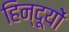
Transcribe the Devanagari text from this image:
हिन्दूयों